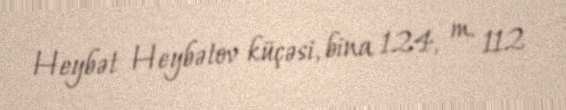
Heybət Heybətov küçəsi, bina 124, m. 112